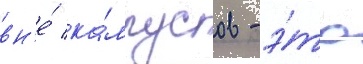
вн'е́ ка́мпусов - э́то